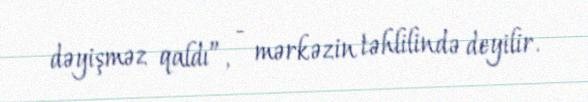
dəyişməz qaldı”, - mərkəzin təhlilində deyilir.